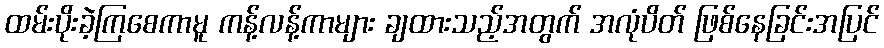
ထမ်းပိုးခဲ့ကြစေကာမူ ကန့်လန့်ကာများ ချထားသည့်အတွက် အလုံပိတ် ဖြစ်နေခြင်းအပြင်